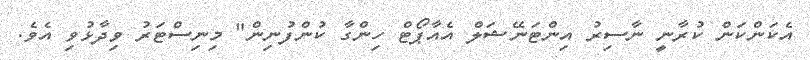
އެކަންކަން ކުރާނީ ނާސިރު އިންޓަނޭޝަލް އެއާޕޯޓް ހިންގާ ކުންފުނިން" މިނިސްޓަރު ވިދާޅުވި އެވެ.